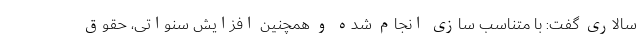
سالاری گفت: با متناسب سازی انجام شده و همچنین افزایش سنواتی، حقوق